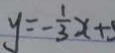
y = - \frac { 1 } { 3 } x +